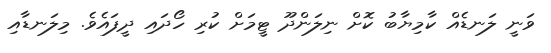
ވަނީ ލަނޑެއް ކާމިޔާބު ކޮށް ނިލަންދޫ ޓީމަށް ކުރި ހޯދައި ދީފައެވެ. މިލަނޑާއި